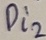
Text: Pi2